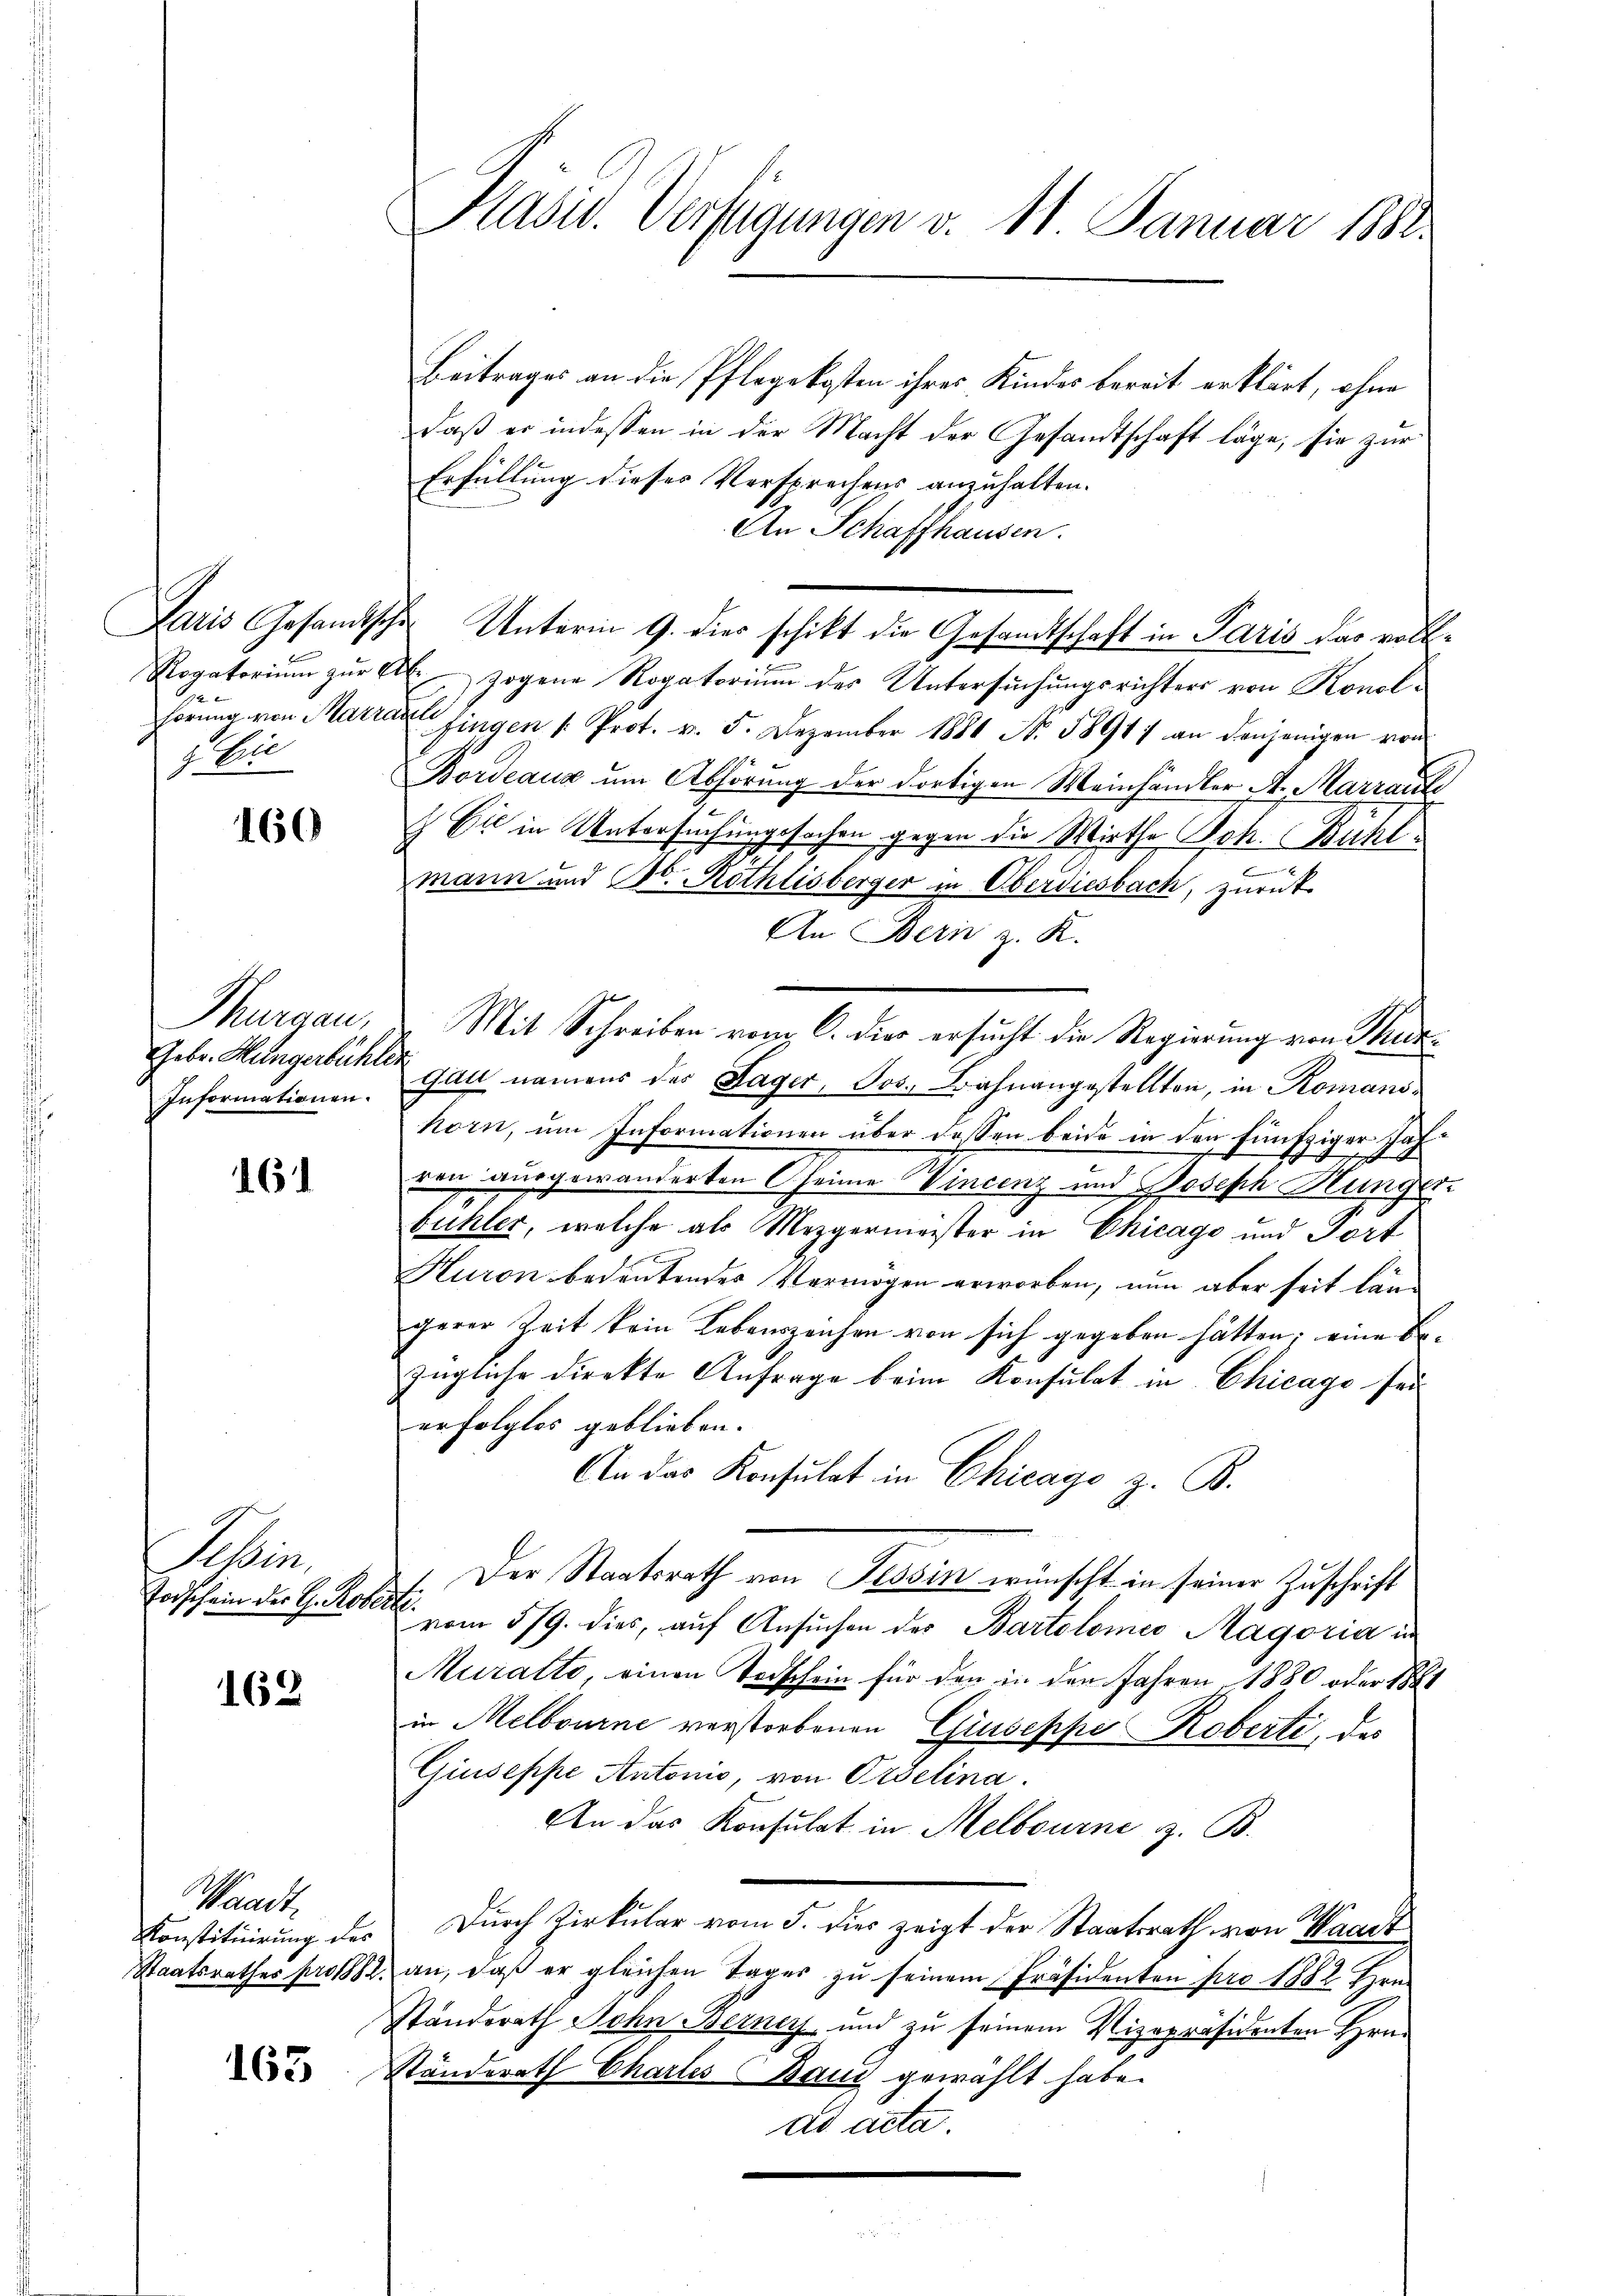
.
z bie

160

Thurgau,
Informationen.

16

Felin.
Todschein der G. Rober

162

Waadt.
Konstituirung des
Staatsrathes pro 188

163

Präsid. Verfügungen v. 11. Januar 188

Beitrages an die Pflegekosten ihres Kindes bereit erklärt, ohne
daß er indessen in der Macht der Gesandtschaft läge, sie zur
Erfüllung dieses Versprechens anzuhalten.
An Schaffhausen.
Rogatorium zur Alle zogene Rogatorium des Untersuchungsrichters von Konol¬
Förung von Matrangingen /: Prot. v. 5. Dezember 1880 No. 5891) an denjenigen von
Bordeaux um Abhörung der dortigen Meinhändler A. Marrauch
.
 Ei in Untersuchungssachen gegen die Wirthe Joh. Bühl¬
B
mann und Bd. Röthlisberger in Oberdiesbach, zurück
An Bern z. K.
Mit Schreiben vom 6. die ersucht die Regierung von Thur¬
Febr. Müngerbücher eine gant namens des Lager, Jos. Bahnangestellten, in Romanshorn, um Informationen über dassen beide in den fünfziger Jah¬
1
ren ausgewanderten Cheime Vincenz und Joseph Hunger-
buhler, welche als Mezgermeister in Chicago und Tort
Huron bedeutendes Vermögen erworben, nun aber seit län-
gerer Zeit kein Lebenszeichen von sich gegeben hätten; eine Bezügliche direkte Anfrage beim Konsulat in Chicago sei
erfolgtes geblieben.
An das Konsulat in Chicago z. B.
Der Staatsrath von Tessin wünscht in seiner Zuschrift
.
vom 5/9. dies, auf Ansuchen des Bartolomeo Magoria in
Muratto, einen Todschein für den in den Jahren 1880 oder 1884
in Melbourne verstorbenen Giuseppe Roberti, des
Giuseppe Antonio, von Ordelina.
An das Konsulat in Melbourne z. B.
Durch Zirkular vom 5. dies zeigt der Staatsrath von Waadt
an, daß er gleichen Tages zu seinem Präsidenten pro 1882 Hrn.
Standsrath Schn Berney und zu seinem Vizepräsidenten Hrn.
Ständerath Chartes Band gewählt habe.
dd acta.

Paris Gesandtscher Unterm 9. dies schikt die Gesandtschaft in Paris das voll¬